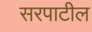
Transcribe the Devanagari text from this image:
सरपाटील